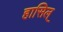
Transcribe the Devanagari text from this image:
हासिल्